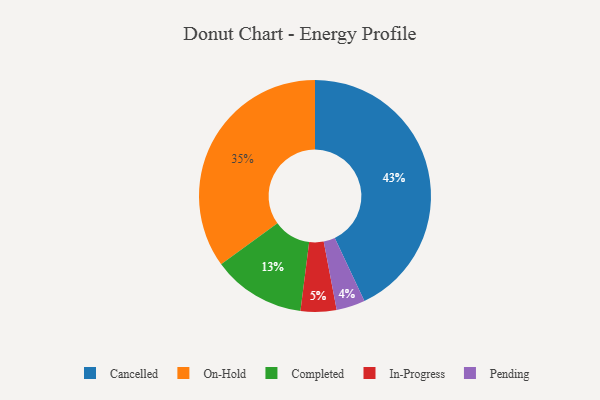
{"axis": {"x": "Category", "y": "Percentage"}, "legend": ["Cancelled", "Completed", "In-Progress", "On-Hold", "Pending"], "data": [{"x": "Pending", "y": 4, "type": "Pending"}, {"x": "On-Hold", "y": 35, "type": "On-Hold"}, {"x": "Completed", "y": 13, "type": "Completed"}, {"x": "Cancelled", "y": 43, "type": "Cancelled"}, {"x": "In-Progress", "y": 5, "type": "In-Progress"}]}